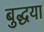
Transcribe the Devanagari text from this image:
बुद्धया